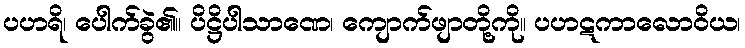
ပဟရိ၊ ပေါက်ခွဲ၏။ ပိဋ္ဌိပါသာဏေ၊ ကျောက်ဖျာတို့ကို။ ပဟဋကာလောဝိယ၊